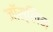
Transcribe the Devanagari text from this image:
जॉस्लिन